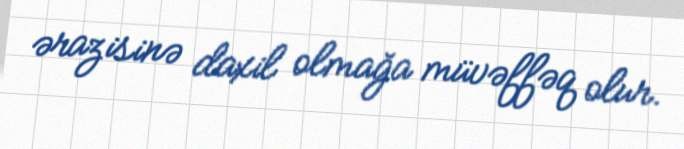
ərazisinə daxil olmağa müvəffəq olur.